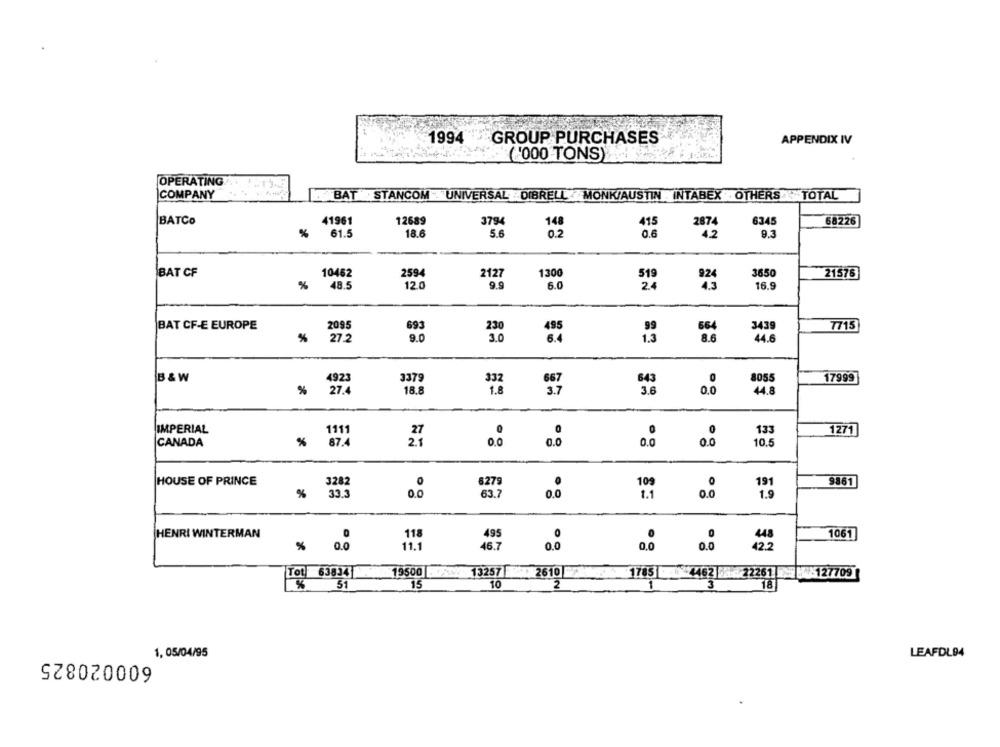
1994 GROUP PURCHASES
APPENDIX IV
("000 TONS)
OPERATING
COMPANY
BAT STANCOM UNIVERSAL DIBRELL MONK/AUSTIN INTABEX OTHERS TOTAL
BATCO
41961
12689
3794
148
415
2874
6345
68226
%
61.5
18.6
5.6
0.2
0.6
42
9.3
BAT CF
10462
2594
2127
1300
3650
21576
9.9
%
48.5
12.0
6.0
24
16.9
BAT CF-E EUROPE
2095
3439
7715
30
%
27.2
9.0
44.6
B & W
4923
337
643
8055
17999
18.8
%
27.4
1.8
3.6
0.0
44,8
IMPERIAL
1111
0
133
1271
% 87.4
CANADA
21
0.0
0.0
0.0
0.0
10.5
HOUSE OF PRINCE
3282
0
6279
9861
33.3
63.7
0.0
191
%
0.0
HENRI WINTERMAN
118
495
1061
%
0.0
11.1
46.7
0.0
0.0 42.2
Tot 63834
19500 +45
13257 2610 1765 4462 22261 127709
51
15
10
2
1
3
1, 05/04/95
600020825
LEAFDL94